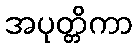
အပုတ္တိကာ